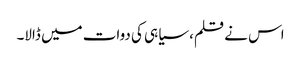
اس نے قلم، سیاہی کی دوات میں ڈالا۔